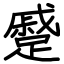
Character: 蹙